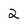
Character: 2